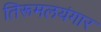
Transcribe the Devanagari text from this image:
तिरूमलयंगार